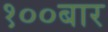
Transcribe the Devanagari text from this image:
१००बार